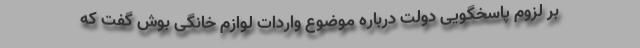
بر لزوم پاسخگویی دولت درباره موضوع واردات لوازم خانگی بوش گفت که